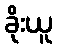
ခိုးယူ